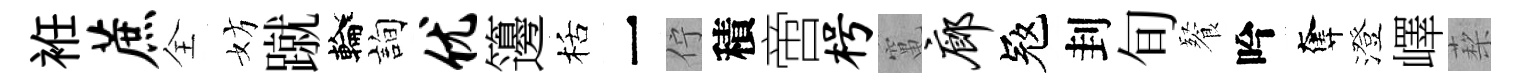
袵蔗全妨蹴輪詢优籩栝一佇積啻枵𥧄廊冦刲旬餐吟奪澄嶧蔾